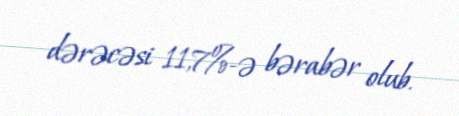
dərəcəsi 11,7%-ə bərabər olub.